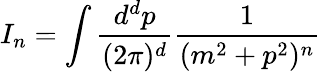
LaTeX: I_{n}=\int\frac{d^{d}p}{(2\pi)^{d}}\frac{1}{(m^{2}+p^{2})^{n}}